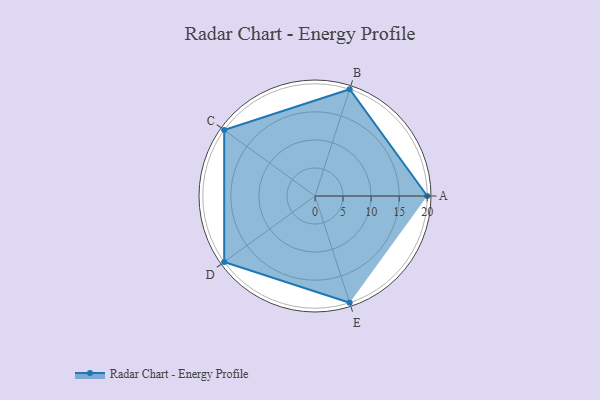
{"axis": {"x": "Skill", "y": "Score"}, "legend": ["Profile"], "data": [{"x": "A", "y": 20, "type": "Profile"}, {"x": "B", "y": 20, "type": "Profile"}, {"x": "C", "y": 20, "type": "Profile"}, {"x": "D", "y": 20, "type": "Profile"}, {"x": "E", "y": 20, "type": "Profile"}]}